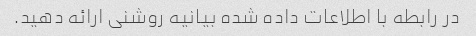
در رابطه با اطلاعات داده شده بیانیه روشنی ارائه دهید.